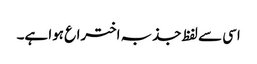
اسی سے لفظ جذبہ اختراع ہوا ہے۔